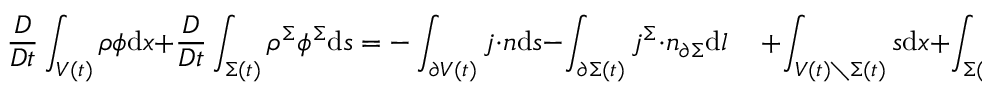
\frac { D } { D t } \int _ { V ( t ) } \rho \phi \mathrm { d } \boldsymbol { x } + \frac { D } { D t } \int _ { \Sigma ( t ) } \rho ^ { \Sigma } \phi ^ { \Sigma } \mathrm { d } s = - \int _ { \partial V ( t ) } \boldsymbol { j } \cdot \boldsymbol { n } \mathrm { d } s - \int _ { \partial \Sigma ( t ) } \boldsymbol { j } ^ { \Sigma } \cdot \boldsymbol { n } _ { \partial \Sigma } \mathrm { d } l \quad \, + \int _ { V ( t ) \setminus \Sigma ( t ) } s \mathrm { d } \boldsymbol { x } + \int _ { \Sigma ( t ) } s ^ { \Sigma } \mathrm { d } s \, .